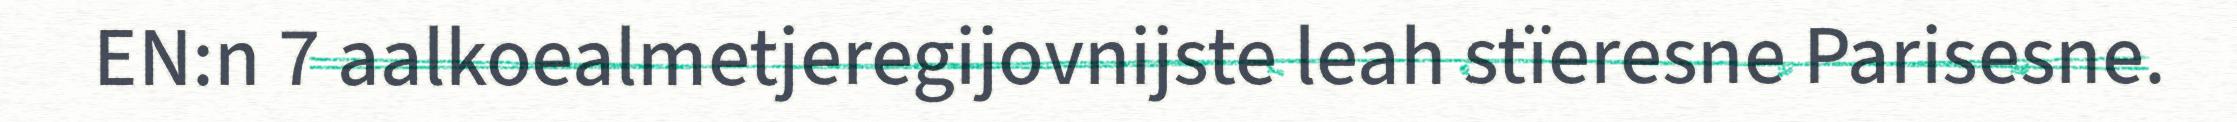
EN:n 7 aalkoealmetjeregijovnijste leah stïeresne Parisesne.